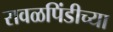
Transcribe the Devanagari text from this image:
रावळपिंडीच्या